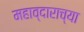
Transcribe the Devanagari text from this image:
महाव्दाराच्या